Annual report of the Imperial Bacteriologist
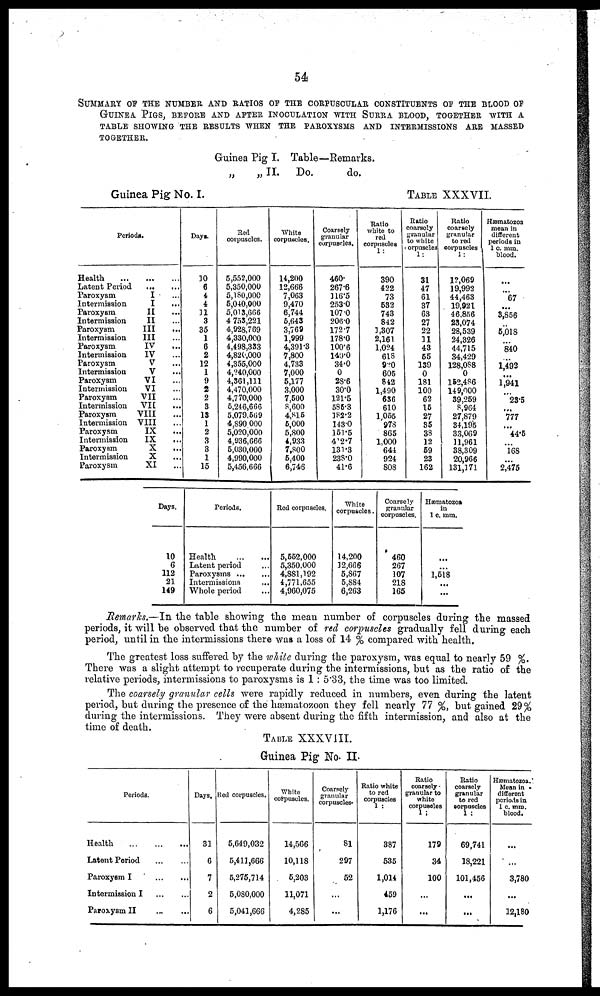
54
SUMMARY OF THE NUMBER AND RATIOS OF THE CORPUSCULAR CONSTITUENTS OF THE BLOOD
OF GUINEA PIGS, BEFORE AND AFTER INOCULATION WITH SURRA BLOOD, TOGETHER WITH A
TABLE SHOWING THE RESULTS WHEN THE PAROXYSMS AND INTERMISSIONS ARE MASSED
TOGETHER.
Guinea Pig I. Table—Remarks.
„
„ II. Do.
do.
Guinea Pig No. I.
TABLE XXXVII.
Periods.
Health ...
Latent Period
Paroxysm
Intermission
Paroxysm
Intermission
Paroxysm
Intermission
Paroxysm
Intermission
Paroxysm
Intermission
Paroxysm
Intermission
Paroxysm
Intermission
Paroxysm
Intermission
Paroxysm
Intermission
Paroxysm
Intermission
Paroxysm
... ...
... ...
I ...
I ...
II ...
II ...
III ...
III ...
IV ...
IV ...
V ...
V ...
VI...
VI...
VII...
VII...
VIII...
VIII...
IX...
IX ...
X ...
X ...
XI ...
Days.
10
6
4
4
11
3
35
1
6
2
12
1
9
2
2
3
13
1
2
3
3
1
15
Red
corpuscles.
5,552,000
5,350,000
5,180,000
5,040,000
5,013,666
4 753,221
4,928,769
4,330,000
4,498,333
4,820,000
4,355,000
4,240,000
4,361,111
4,470,000
4,770,000
5,246,666
5,079,569
4,890 000
5,020,000
4,936,666
5,030,000
4,990,000
5,456,666
White
corpuscles.
14,200
12,666
7,063
9,470
6,744
5,643
3,769
1,999
4,391.3
7,800
4,733
7,000
5,177
3,000
7,500
8,600
4,815
5,000
5,800
4,933
7,800
5,400
6,746
Coarsely
granular
corpuscles.
460.
267.6
116.5
253.0
107.0
206.0
172.7
178.0
100.6
140.0
34.0
0
28.6
30.0
121.5
585.3
182.2
143.0
151.5
412.7
131.3
238.0
41.6
Ratio
white to
red
corpuscles
1:
390
422
73
532
743
842
1,307
2,161
1,024
618
920
605
842
1,490
636
610
1,055
978
865
1,000
644
924
808
Ratio
coarsely
granular
to white
corpuscles
1:
31
47
61
37
63
27
22
11
43
55
139
0
181
100
62
15
27
35
38
12
59
23
162
Ratio
coarsely
granular
to red
corpuscles
12,069
19,992
44,463
19,921
46,856
23,074
28,539
24,326
44,715
34,429
128,088
0
152,486
149,000
39,259
8,964
27,879
34,195
33,069
11,961
38,309
20,966
131,171
Hæmatozoa
mean in
different
periods in
1 c. mm.
blood.
...
...
67
...
3,856
...
5,018
...
840
...
1,492
....
1,941
...
23.5
...
777
...
44.5
...
168
...
2,475
Days.
10
6
112
21
149
Periods.
Health
...
...
Latent period ...
Paroxysms...
...
Intermissions
...
Whole period ...
Red corpuscles.
5,552,000
5,350,000
4,881,192
4,771,655
4,960,075
White
corpuscles.
14,200
12,666
5,867
5,884
6,263
Coarsely
granular
corpuscles.
460
267
107
218
165
Hæmatozoa
in
1 c. mm.
...
...
1,518
...
...
Remarks.—In the table showing the mean number of corpuscles during the massed
periods, it will be observed that the number of red corpuscles gradually fell during each
period, until in the intermissions there was a loss of 14 % compared with health.
The greatest loss suffered by the white during the paroxysm, was equal to nearly 59 %.
There was a slight attempt to recuperate during the intermissions, but as the ratio of the
relative periods, intermissions to paroxysms is 1 : 5.33, the time was too limited.
The coarsely granular cells were rapidly reduced in numbers, even during the latent
period, but during the presence of the hæmatozoon they fell nearly 77 %, but gained 29%
during the intermissions. They were absent during the fifth intermission, and also at the
time of death.
TABLE XXXVIII.
Guinea Pig No. II.
Periods.
Health ... ... ... ...
Latent Period
...
...
Paroxysm I
...
...
Intermission I
...
...
Paroxysm II ... ...
Days.
31
6
7
2
6
Red corpuscles.
5,649,032
5,411,666
5,275,714
5,080,000
5,041,666
White
corpuscles.
14,566
10,118
5,203
11,071
4,285
Coarsely
granular
corpuscles.
81
297
52
...
...
Ratio white
to red
corpuscles
387
535
1,014
459
1,176
Ratio
coarsely
granular to
white
corpuscles
1:
179
34
100
...
...
Ratio
coarsely
granular
to red
corpuscles
1 :
69,741
18,221
101,456
...
...
Hæmatozoa.
Mean in
different
periods in
1 c. mm.
blood.
...
...
3,780
...
12,180